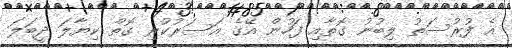
އެ ފުރުސަތު ލިބުނު ގޮތާއި ފަހުން އޭގެ އަސަރުކުރި ގޮތް ކިޔާލަ ދީބަލަ